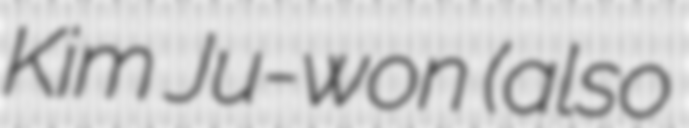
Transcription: Kim Ju-won (also